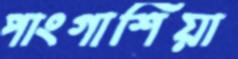
পাংগাশিয়া